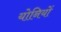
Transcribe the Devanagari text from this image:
योनियों